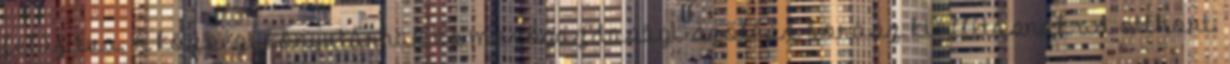
felújítva. A községi könyvtárnak és mezőgazdasági-szőlész-borász kiállításnak ad otthont.